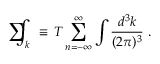
\mathrm { ~ \sum ~ } \! \! \! \! \! \! \! \int _ { k } ~ \equiv \, T \sum _ { n = - \infty } ^ { \infty } \int { \frac { d ^ { 3 } k } { ( 2 \pi ) ^ { 3 } } } ~ .